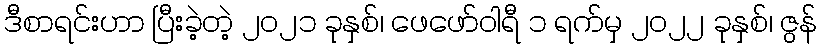
ဒီစာရင်းဟာ ပြီးခဲ့တဲ့ ၂၀၂၁ ခုနှစ်၊ ဖေဖော်ဝါရီ ၁ ရက်မှ ၂၀၂၂ ခုနှစ်၊ ဇွန်